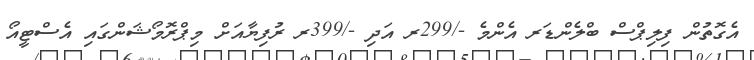
އެގޮތުން ފިލިޕްސް ބްލެންޑަރ އެންމެ -/299ރ އަދި -/399ރ ރުފިޔާއަށް މިޕްރޮމޯޝަންގައި އެސްޓީއޯ